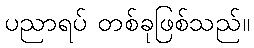
ပညာရပ် တစ်ခုဖြစ်သည်။